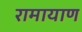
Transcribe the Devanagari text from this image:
रामायाण